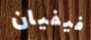
فيفيان